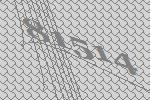
81514